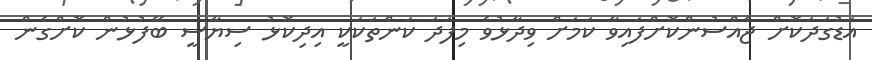
އަޑުގަދަކޮށް ޖެއްސުންކޮށްފައިވާ ކަމަށް ވިދާޅުވެ މިފަދަ ކަންތަކަކީ އިދިކޮޅު ސިޔާސީ ބޭފުޅުން ކޮށްގެން